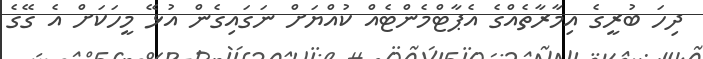
ދިހަ ބުރީގެ އިމާރާތެއްގެ އެޕާޓްމެންޓެއް ކުއްޔަށް ނަގައިގެން އުޅޭ މީހަކަށް އެ ގޭގެ